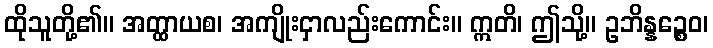
ထိုသူတို့၏။ အတ္ထာယစ၊ အကျိုးငှာလည်းကောင်း။ ဣတိ၊ ဤသို့။ ဥဘိန္နဉ္စေဝ၊